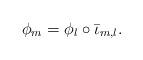
LaTeX: \begin{align*}\phi_m=\phi_l\circ\bar{\iota}_{m,l}.\end{align*}